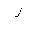
Letter: _lam